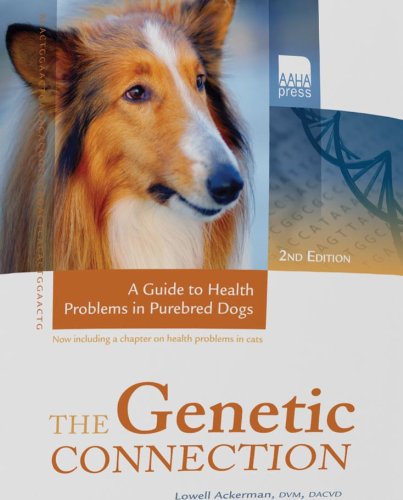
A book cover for The Genetic Connection: A Guide to Health Problems in Purebred Dogs; Lowell Ackerman DVM DACVD MBA MPA; Medical Books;